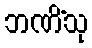
ဘဏိံသု